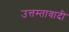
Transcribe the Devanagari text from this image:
उत्तम्तावादी